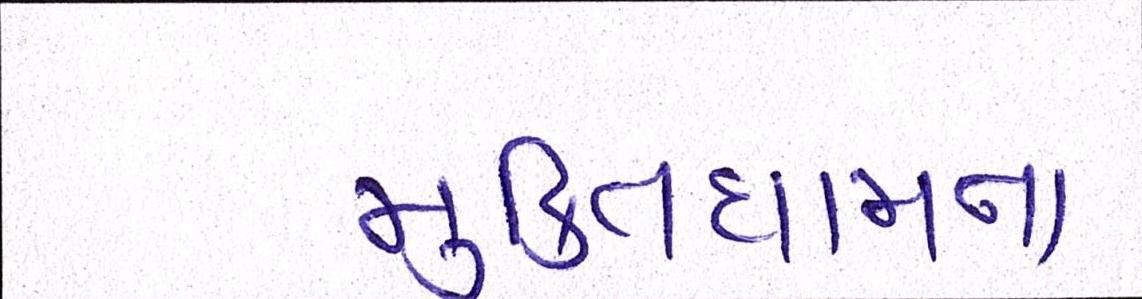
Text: મુકિતધામના